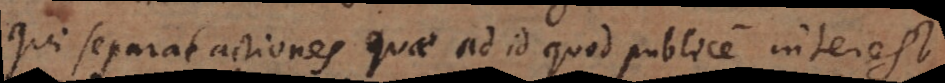
Qui separat actiones quae ad id quod publice interest